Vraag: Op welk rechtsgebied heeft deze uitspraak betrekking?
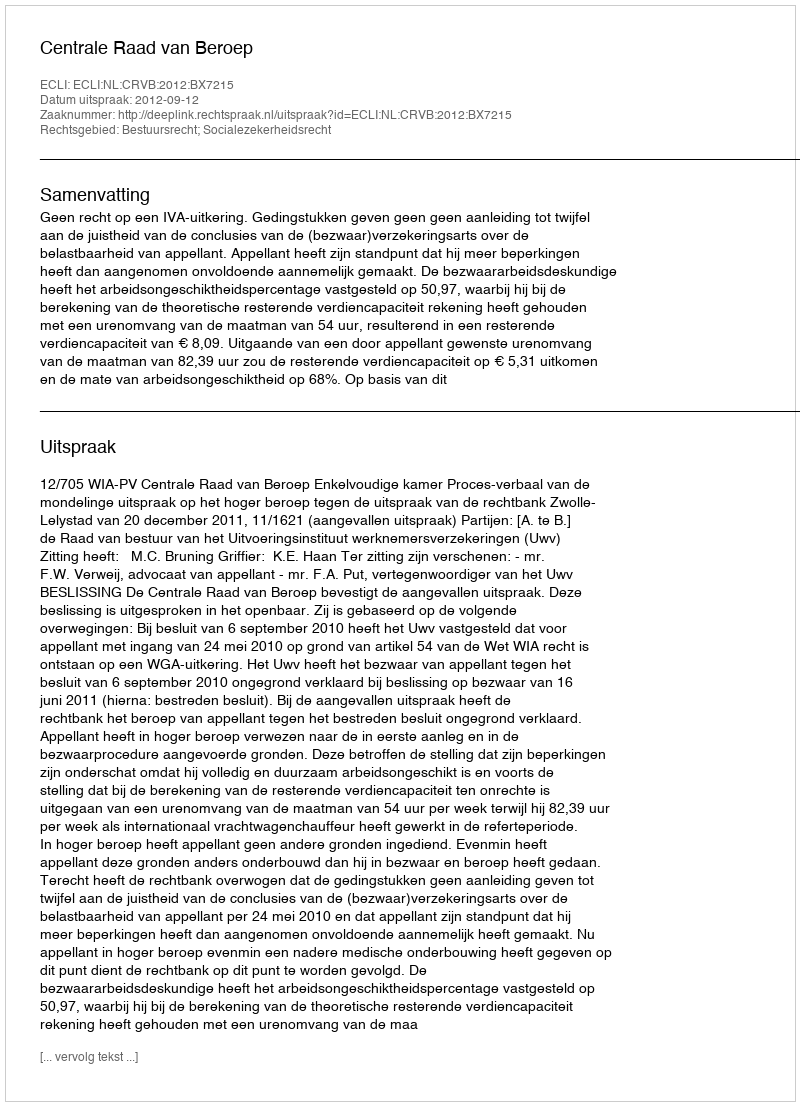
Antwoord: Bestuursrecht; Socialezekerheidsrecht